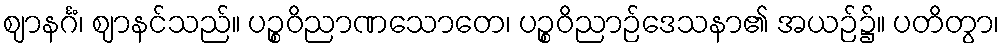
ဈာနင်္ဂံ၊ ဈာနင်သည်။ ပဉ္စဝိညာဏသောတေ၊ ပဉ္စဝိညာဉ်ဒေသနာ၏ အယဉ်၌။ ပတိတွာ၊